Vaccine operations Central Provinces 1868-1885 - 1868-1885
Year: 1868
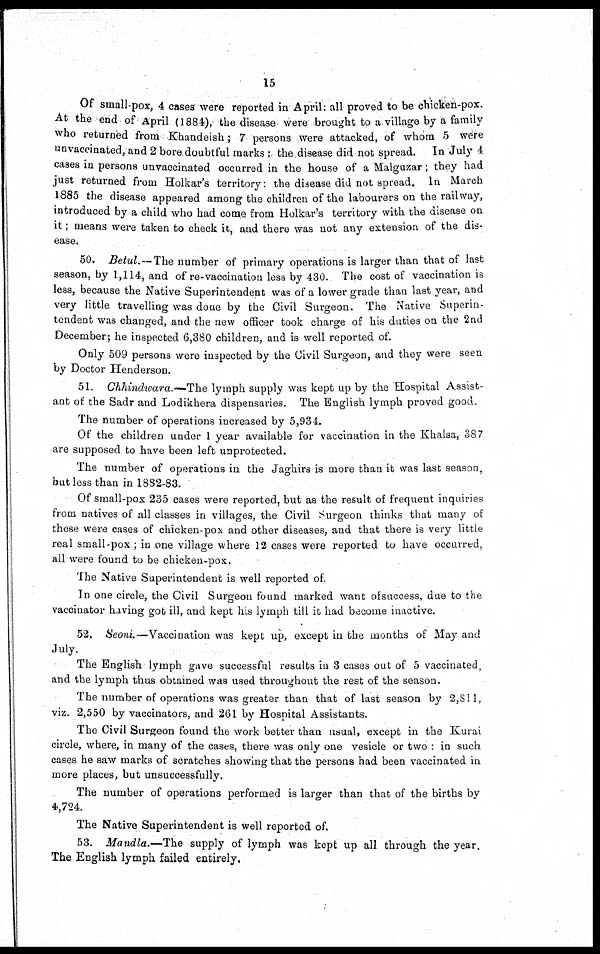
15
Of small-pox, 4 cases were reported in April: all proved to be chicken-pox.
At the end of April (1884), the disease were brought to a village by a family
who returned from Khandeish; 7 persons were attacked, of whom 5 were
unvaccinated, and 2 bore doubtful marks : the disease did not spread. In July 4
cases in persons unvaccinated occurred in the house of a Malguzar; they had
just returned from Holkar's territory: the disease did not spread. In March
1885 the disease appeared among the children of the labourers on the railway,
introduced by a child who had come from Holkar's territory with the disease on
it; means were taken to check it, and there was not any extension of the dis-
ease.
50. Betul. — The number of primary operations is larger than that of last
season, by 1,114, and of re-vaccination less by 430. The cost of vaccination is
less, because the Native Superintendent was of a lower grade than last year, and
very little travelling was done by the Civil Surgeon. The Native Superin-
tendent was changed, and the new officer took charge of his duties on the 2nd
December; he inspected 6,380 children, and is well reported of.
Only 509 persons were inspected by the Civil Surgeon, and they were seen
by Doctor Henderson.
51. Chhindwara.—The lymph supply was kept up by the Hospital Assist-
ant of the Sadr and Lodikhera dispensaries. The English lymph proved good.
The number of operations increased by 5,934.
Of the children under 1 year available for vaccination in the Khalsa, 387
are supposed to have been left unprotected.
The number of operations in the Jaghirs is more than it was last season,
but less than in 1882-83.
Of small-pox 235 cases were reported, but as the result of frequent inquiries
from natives of all classes in villages, the Civil Surgeon thinks that many of
these were cases of chicken-pox and other diseases, and that there is very little
real small-pox ; in one village where 12 cases were reported to have occurred,
all were found to be chicken-pox.
The Native Superintendent is well reported of.
In one circle, the Civil Surgeon found marked want of success, due to the
vaccinator having got ill, and kept his lymph till it had become inactive.
52. Seoni.—Vaccination was kept up, except in the months of May and
July.
The English lymph gave successful results in 3 cases out of 5 vaccinated,
and the lymph thus obtained was used throughout the rest of the season.
The number of operations was greater than that of last season by 2,811,
viz. 2,550 by vaccinators, and 261 by Hospital Assistants.
The Civil Surgeon found the work better than usual, except in the Kurai
circle, where, in many of the cases, there was only one vesicle or two : in such
cases he saw marks of scratches showing that the persons had been vaccinated in
more places, but unsuccessfully.
The number of operations performed is larger than that of the births by
4,724.
The Native Superintendent is well reported of.
53. Mandla.—The supply of lymph was kept up all through the year.
The English lymph failed entirely.